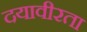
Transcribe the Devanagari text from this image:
दयावीरता